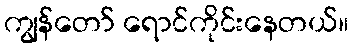
ကျွန်တော် ရောင်ကိုင်းနေတယ်။